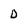
Character: D